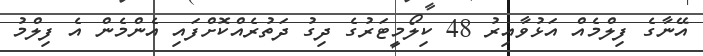
އޭނާގެ ފިލްމެއް އަޅުވާއިރު 48 ކިލޯމީޓަރުގެ ދިގު ދަތުރެއްކޮށްފައި އެންމެން އެ ފިލްމު